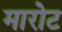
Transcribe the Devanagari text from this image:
मारोट